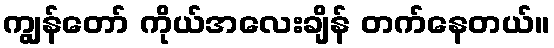
ကျွန်တော် ကိုယ်အလေးချိန် တက်နေတယ်။